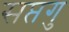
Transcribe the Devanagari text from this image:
सप्तगु